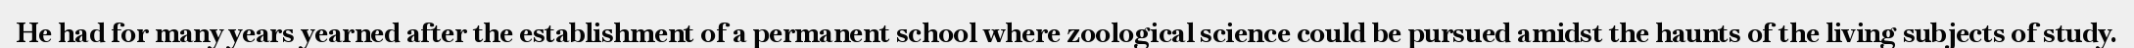
He had for many years yearned after the establishment of a permanent school where zoological science could be pursued amidst the haunts of the living subjects of study.